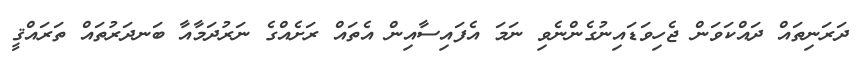
ދަރަނިތައް ދައްކަވަން ޖެހިވަޑައިނުގެންނެވި ނަމަ އެފައިސާއިން އެތައް ރަށެއްގެ ނަރުދަމާއާ ބަނދަރުތައް ތަރައްޤީ